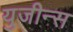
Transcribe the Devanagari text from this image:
युजीन्स